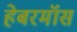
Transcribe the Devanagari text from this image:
हेबरमॉस